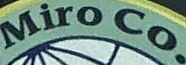
Miro Co.